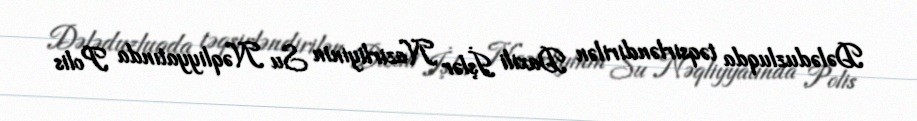
Dələduzluqda təqsirləndirilən Daxili İşlər Nazirliyinin Su Nəqliyyatında Polis